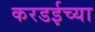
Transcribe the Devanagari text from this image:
करडईच्या